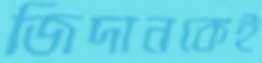
জিদানকেই